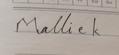
Signature authenticity: forged